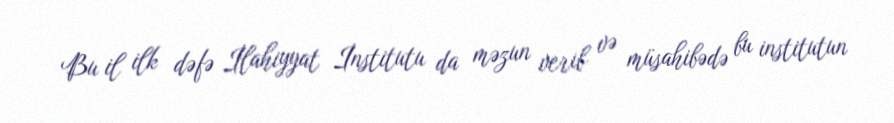
Bu il ilk dəfə İlahiyyat İnstitutu da məzun verib və müsahibədə bu institutun